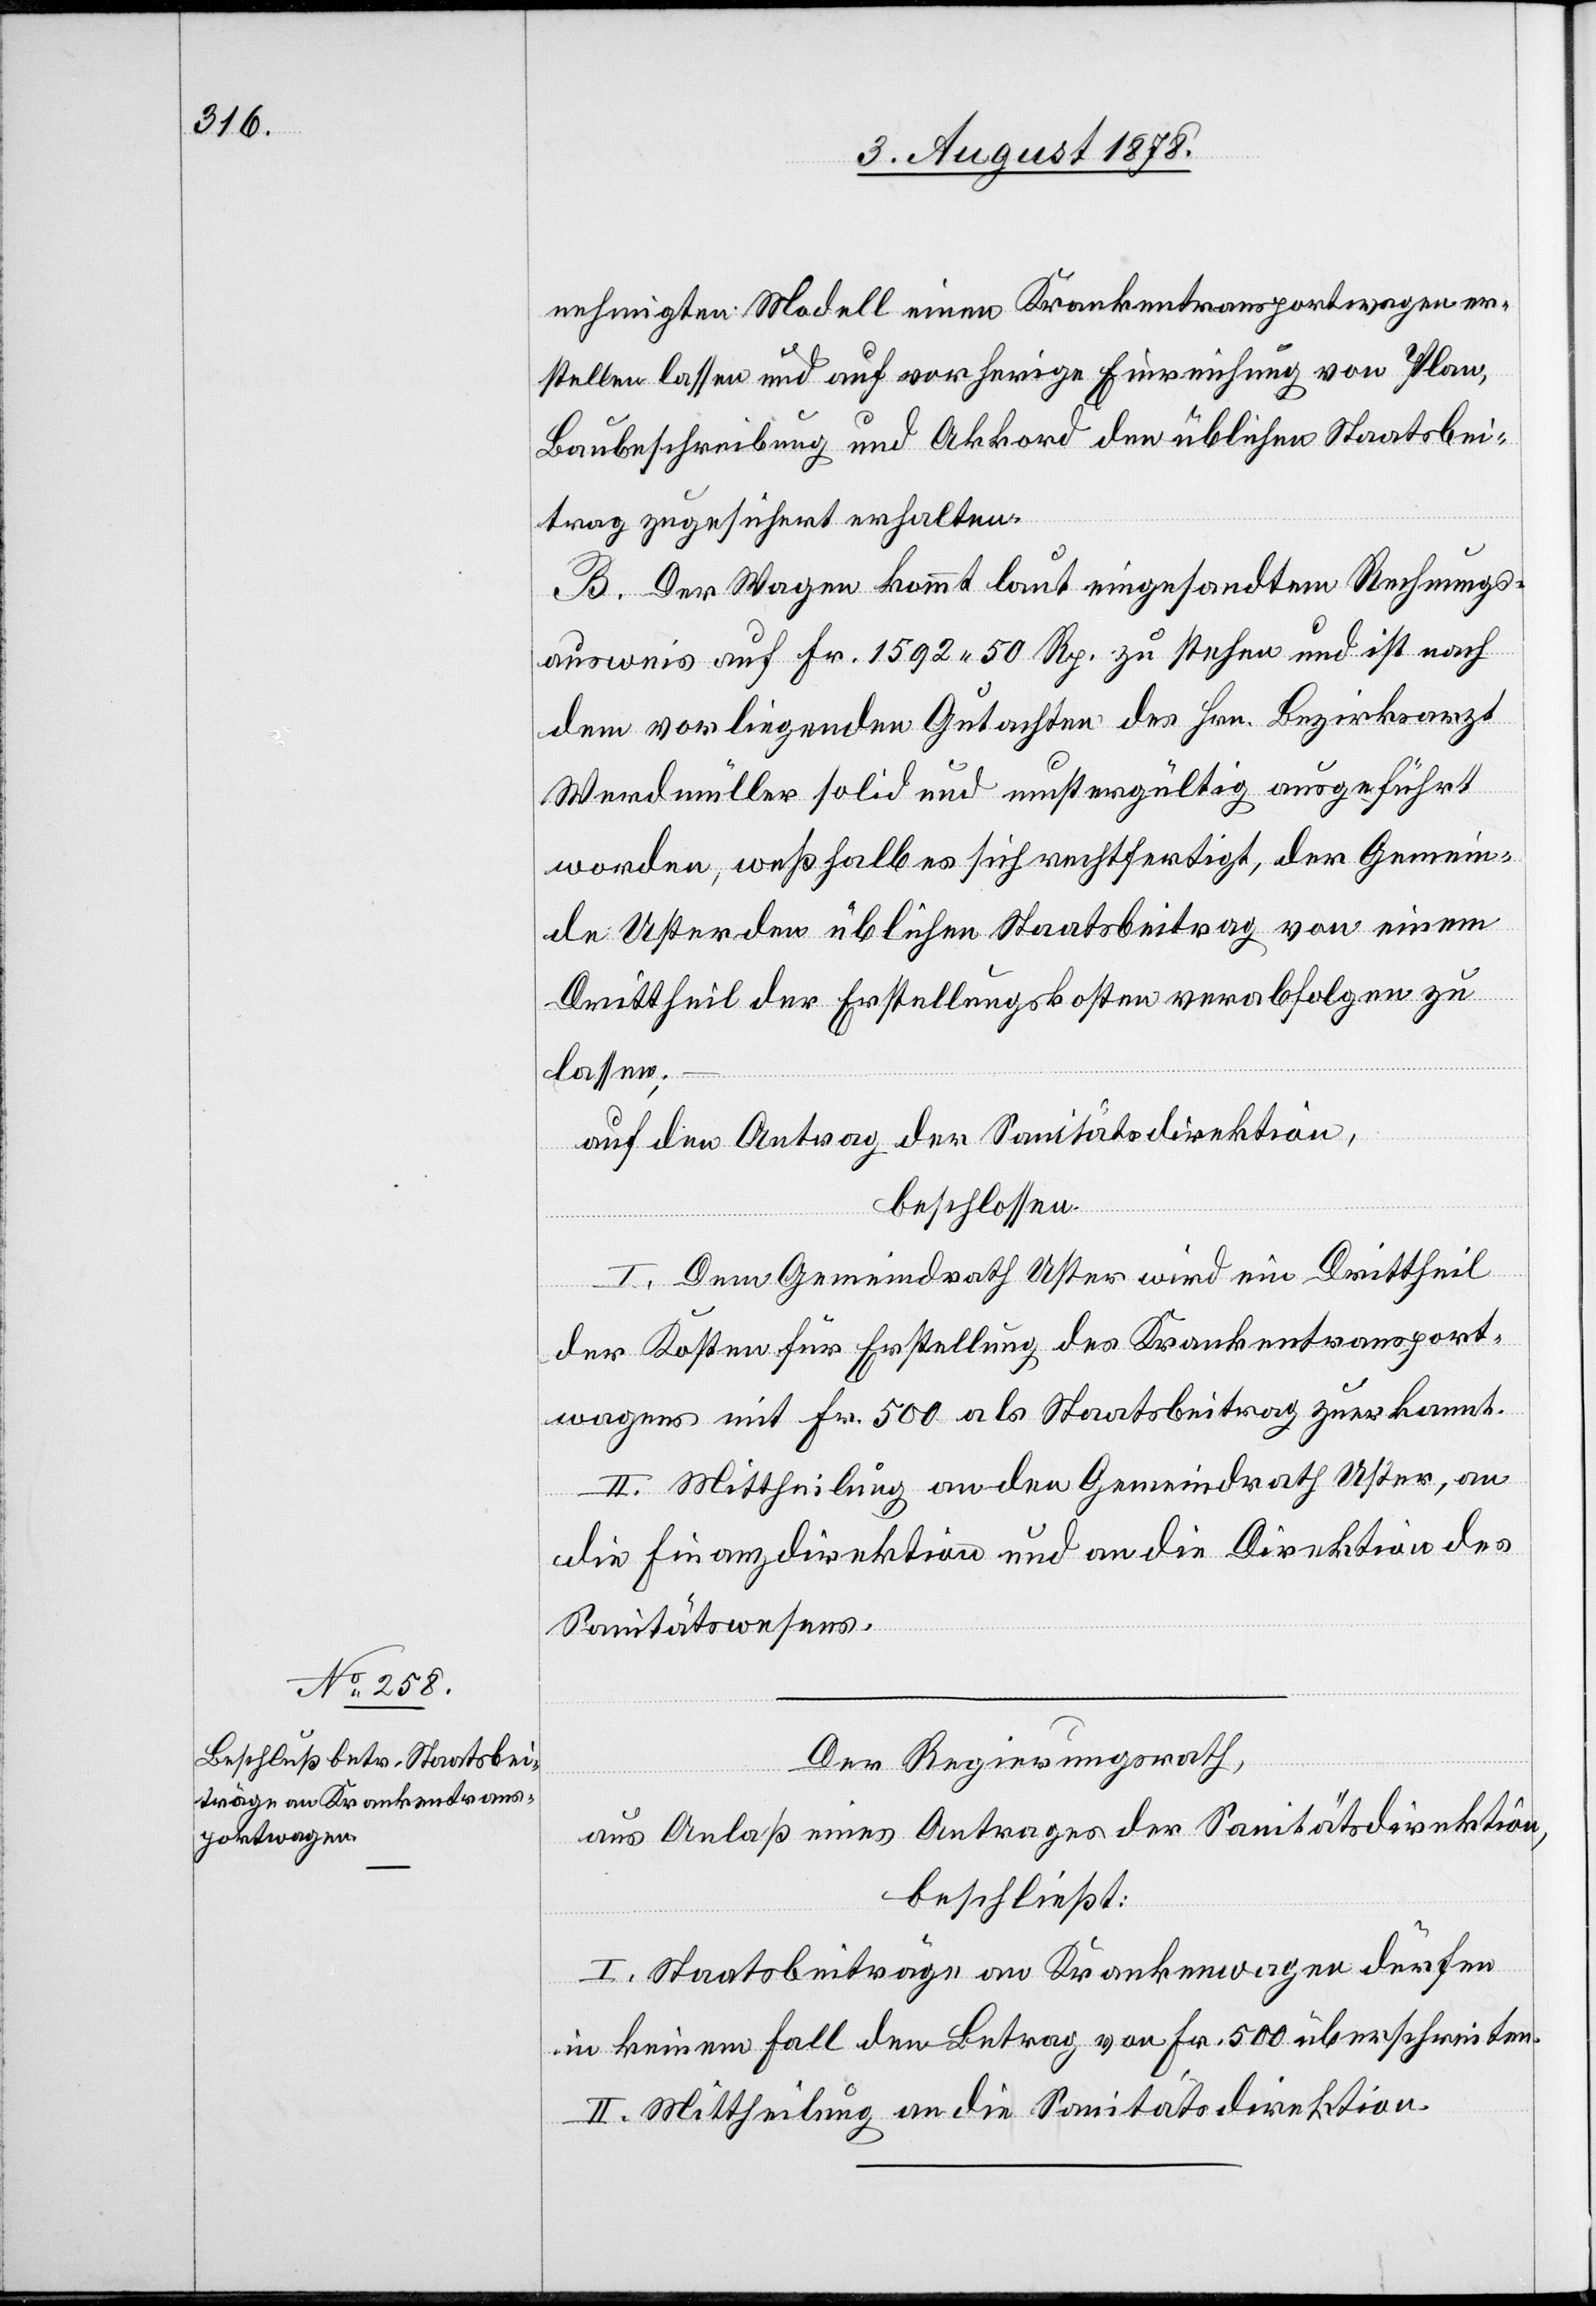
nehmigten Modell einen Krankentransportwagen er¬
stellen lassen und auf vorherige Einreichung von Plan,
Baubeschreibung und Akkord den üblichen Staatsbei¬
trag zugesichert erhalten.
B. Der Wagen kommt laut eingesandtem Rechnungs¬
ausweis auf Fr. 1592 50 Rp. zu stehen und ist nach
dem vorliegenden Gutachten des Hrn. Bezirksarzt
Werdmüller solid und mustergültig ausgeführt
worden, weßhalb es sich rechtfertigt, der Gemein¬
de Uster den üblichen Staatsbeitrag von einem
Drittheil der Erstellungskosten verabfolgen zu
lassen;
auf den Antrag der Sanitätsdirektion,
beschlossen:
I. Dem Gemeindrath Uster wird ein Drittheil
der Kosten für Erstellung des Krankentransport¬
wagens mit Fr. 500 als Staatsbeitrag zuerkannt.
II. Mittheilung an den Gemeindrath Uster, an
die Finanzdirektion und an die Direktion des
Sanitätswesens.
Der Regierungsrath,
aus Anlaß eines Antrages der Sanitätsdirektion,
beschließt:
I. Staatsbeiträge an Krankenwagen dürfen
in keinem Fall den Betrag von Fr. 500 überschreiten.
II. Mittheilung an die Sanitätsdirektion.